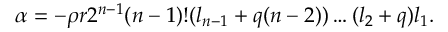
\alpha = - \rho r 2 ^ { n - 1 } ( n - 1 ) ! ( l _ { n - 1 } + q ( n - 2 ) ) \ldots ( l _ { 2 } + q ) l _ { 1 } .